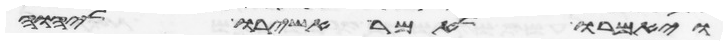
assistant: ויאמרו לאמר אשירו ליהוה